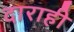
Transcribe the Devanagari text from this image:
दाराही